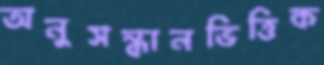
অনুসন্ধানভিত্তিক